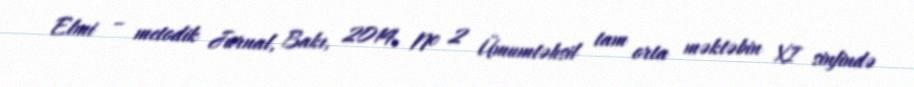
Elmi – metodik Jurnal, Bakı, 2014, № 2 Ümumtəhsil tam orta məktəbin XI sinfində